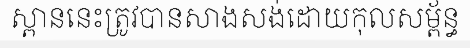
ស្ពាននេះត្រូវបានសាងសង់ដោយកុលសម្ព័ន្ធ